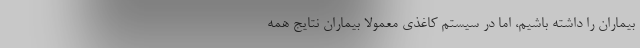
بیماران را داشته باشیم، اما در سیستم کاغذی معمولا بیماران نتایج همه